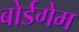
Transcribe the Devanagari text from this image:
बोर्डगेम